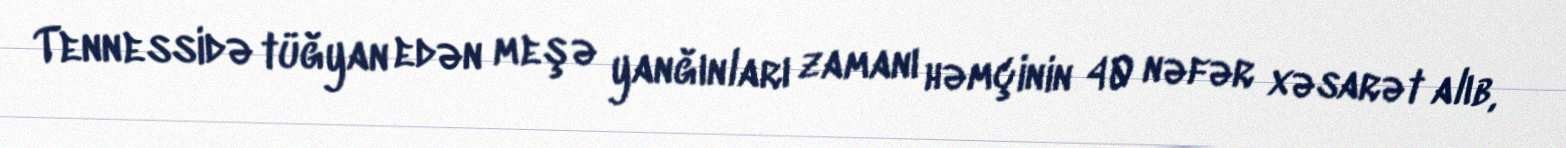
Tennessidə tüğyan edən meşə yanğınları zamanı həmçinin 40 nəfər xəsarət alıb,